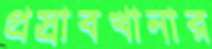
প্রস্রাবখানার